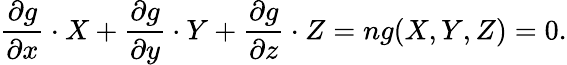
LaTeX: {\frac{\partial g}{\partial x}}\cdot X+{\frac{\partial g}{\partial y}}\cdot Y+{\frac{\partial g}{\partial z}}\cdot Z=ng(X,Y,Z)=0.